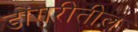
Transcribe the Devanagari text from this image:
डोंगरीतील